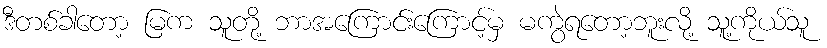
ဒီတစ်ခါတော့ မြက သူတို့ ဘာအကြောင်းကြောင့်မှ မကွဲရတော့ဘူးလို့ သူ့ကိုယ်သူ